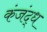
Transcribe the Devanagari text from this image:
कंजंद्ध